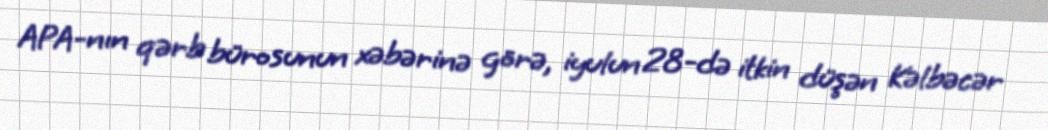
APA-nın qərb bürosunun xəbərinə görə, iyulun 28-də itkin düşən Kəlbəcər